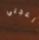
أزعجني